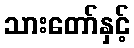
သားတော်နှင့်